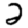
Digit: 2